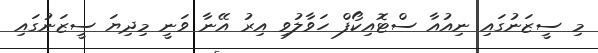
މި ސީޒަނުގައި ނިއުއާ ސްޓޮއިކޯފް ހަވާލުވި އިރު އޭނާ ވަނީ މިދިޔަ ސީޒަނުގައި